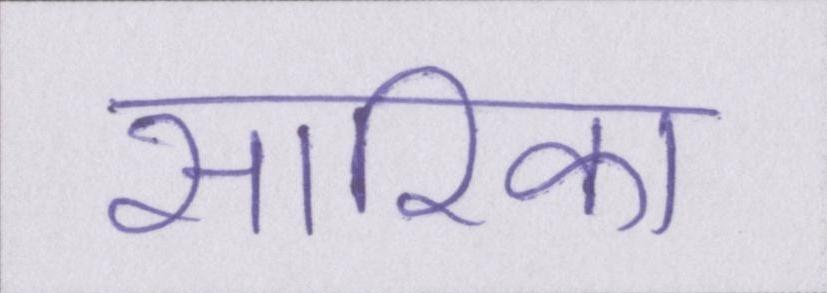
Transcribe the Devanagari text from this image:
सारिका